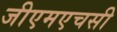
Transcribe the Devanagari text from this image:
जीएमएचसी